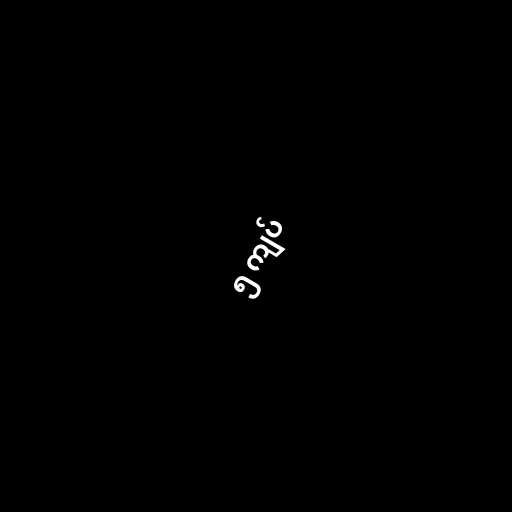
၅ ကျပ်